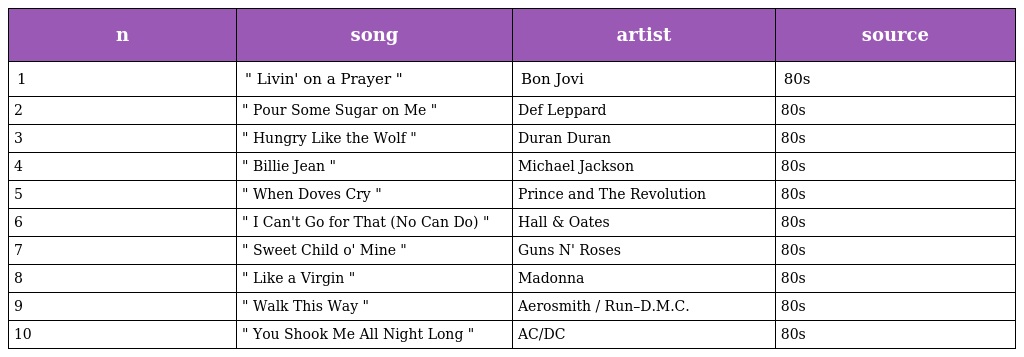
| n | song | artist | source |
 | --- | --- | --- | --- |
 | 1 | " Livin' on a Prayer " | Bon Jovi | 80s |
 | 2 | " Pour Some Sugar on Me " | Def Leppard | 80s |
 | 3 | " Hungry Like the Wolf " | Duran Duran | 80s |
 | 4 | " Billie Jean " | Michael Jackson | 80s |
 | 5 | " When Doves Cry " | Prince and The Revolution | 80s |
 | 6 | " I Can't Go for That (No Can Do) " | Hall & Oates | 80s |
 | 7 | " Sweet Child o' Mine " | Guns N' Roses | 80s |
 | 8 | " Like a Virgin " | Madonna | 80s |
 | 9 | " Walk This Way " | Aerosmith / Run–D.M.C. | 80s |
 | 10 | " You Shook Me All Night Long " | AC/DC | 80s |